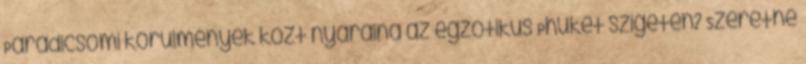
Paradicsomi körülmények közt nyaralna az egzotikus Phuket szigeten? Szeretne